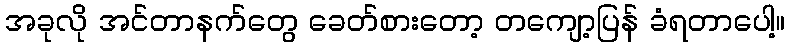
အခုလို အင်တာနက်တွေ ခေတ်စားတော့ တကျော့ပြန် ခံရတာပေါ့။